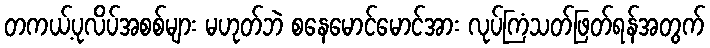
တကယ့်ပုလိပ်အစစ်များ မဟုတ်ဘဲ စနေမောင်မောင်အား လုပ်ကြံသတ်ဖြတ်ရန်အတွက်